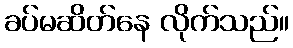
ခပ်မဆိတ်နေ လိုက်သည်။